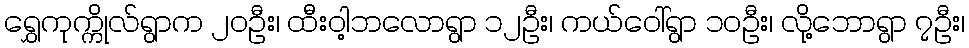
ရွှေကုက္ကိုလ်ရွာက ၂၀ဦး၊ ထီးဝါ့ဘလောရွာ ၁၂ဦး၊ ကယ်ဝေါ်ရွာ ၁၀ဦး၊ လို့ဘောရွာ ၇ဦး၊